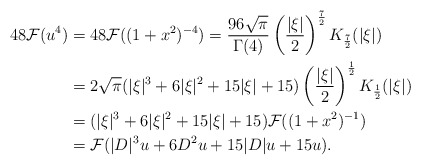
\begin{align*}48\mathcal{F} (u^4) &= 48 \mathcal{F}((1+x^2)^{-4}) = \frac{96\sqrt{\pi}}{\Gamma(4)} \left( \frac{|\xi|}{2}\right)^{\frac72} K_{\frac72}(|\xi|) \\ &= 2\sqrt{\pi} (|\xi|^3+6|\xi|^2+15|\xi|+15) \left( \frac{|\xi|}{2}\right)^{\frac12}K_{\frac12}(|\xi|) \\&= (|\xi|^3+6|\xi|^2+15|\xi|+15) \mathcal{F}((1+x^2)^{-1})\\&= \mathcal{F}(|D|^3 u +6D^2 u+15|D|u+15u).\end{align*}